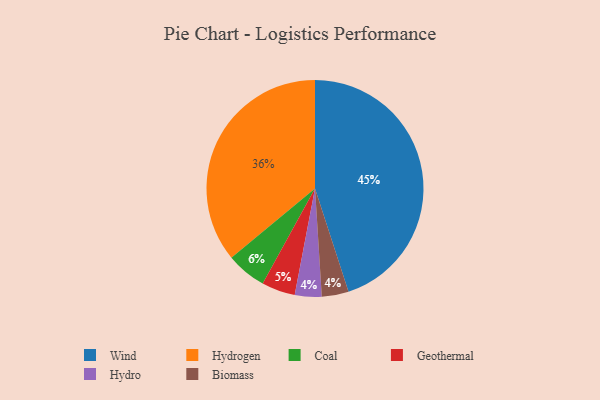
{"axis": {"x": "Category", "y": "Percentage"}, "legend": ["Biomass", "Coal", "Geothermal", "Hydro", "Hydrogen", "Wind"], "data": [{"x": "Coal", "y": 6, "type": "Coal"}, {"x": "Hydro", "y": 4, "type": "Hydro"}, {"x": "Wind", "y": 45, "type": "Wind"}, {"x": "Geothermal", "y": 5, "type": "Geothermal"}, {"x": "Biomass", "y": 4, "type": "Biomass"}, {"x": "Hydrogen", "y": 36, "type": "Hydrogen"}]}